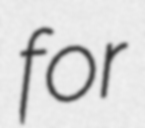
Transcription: for